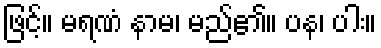
ဖြင့်။ မရဏံ နာမ၊ မည်၏။ ပန၊ ပါး။